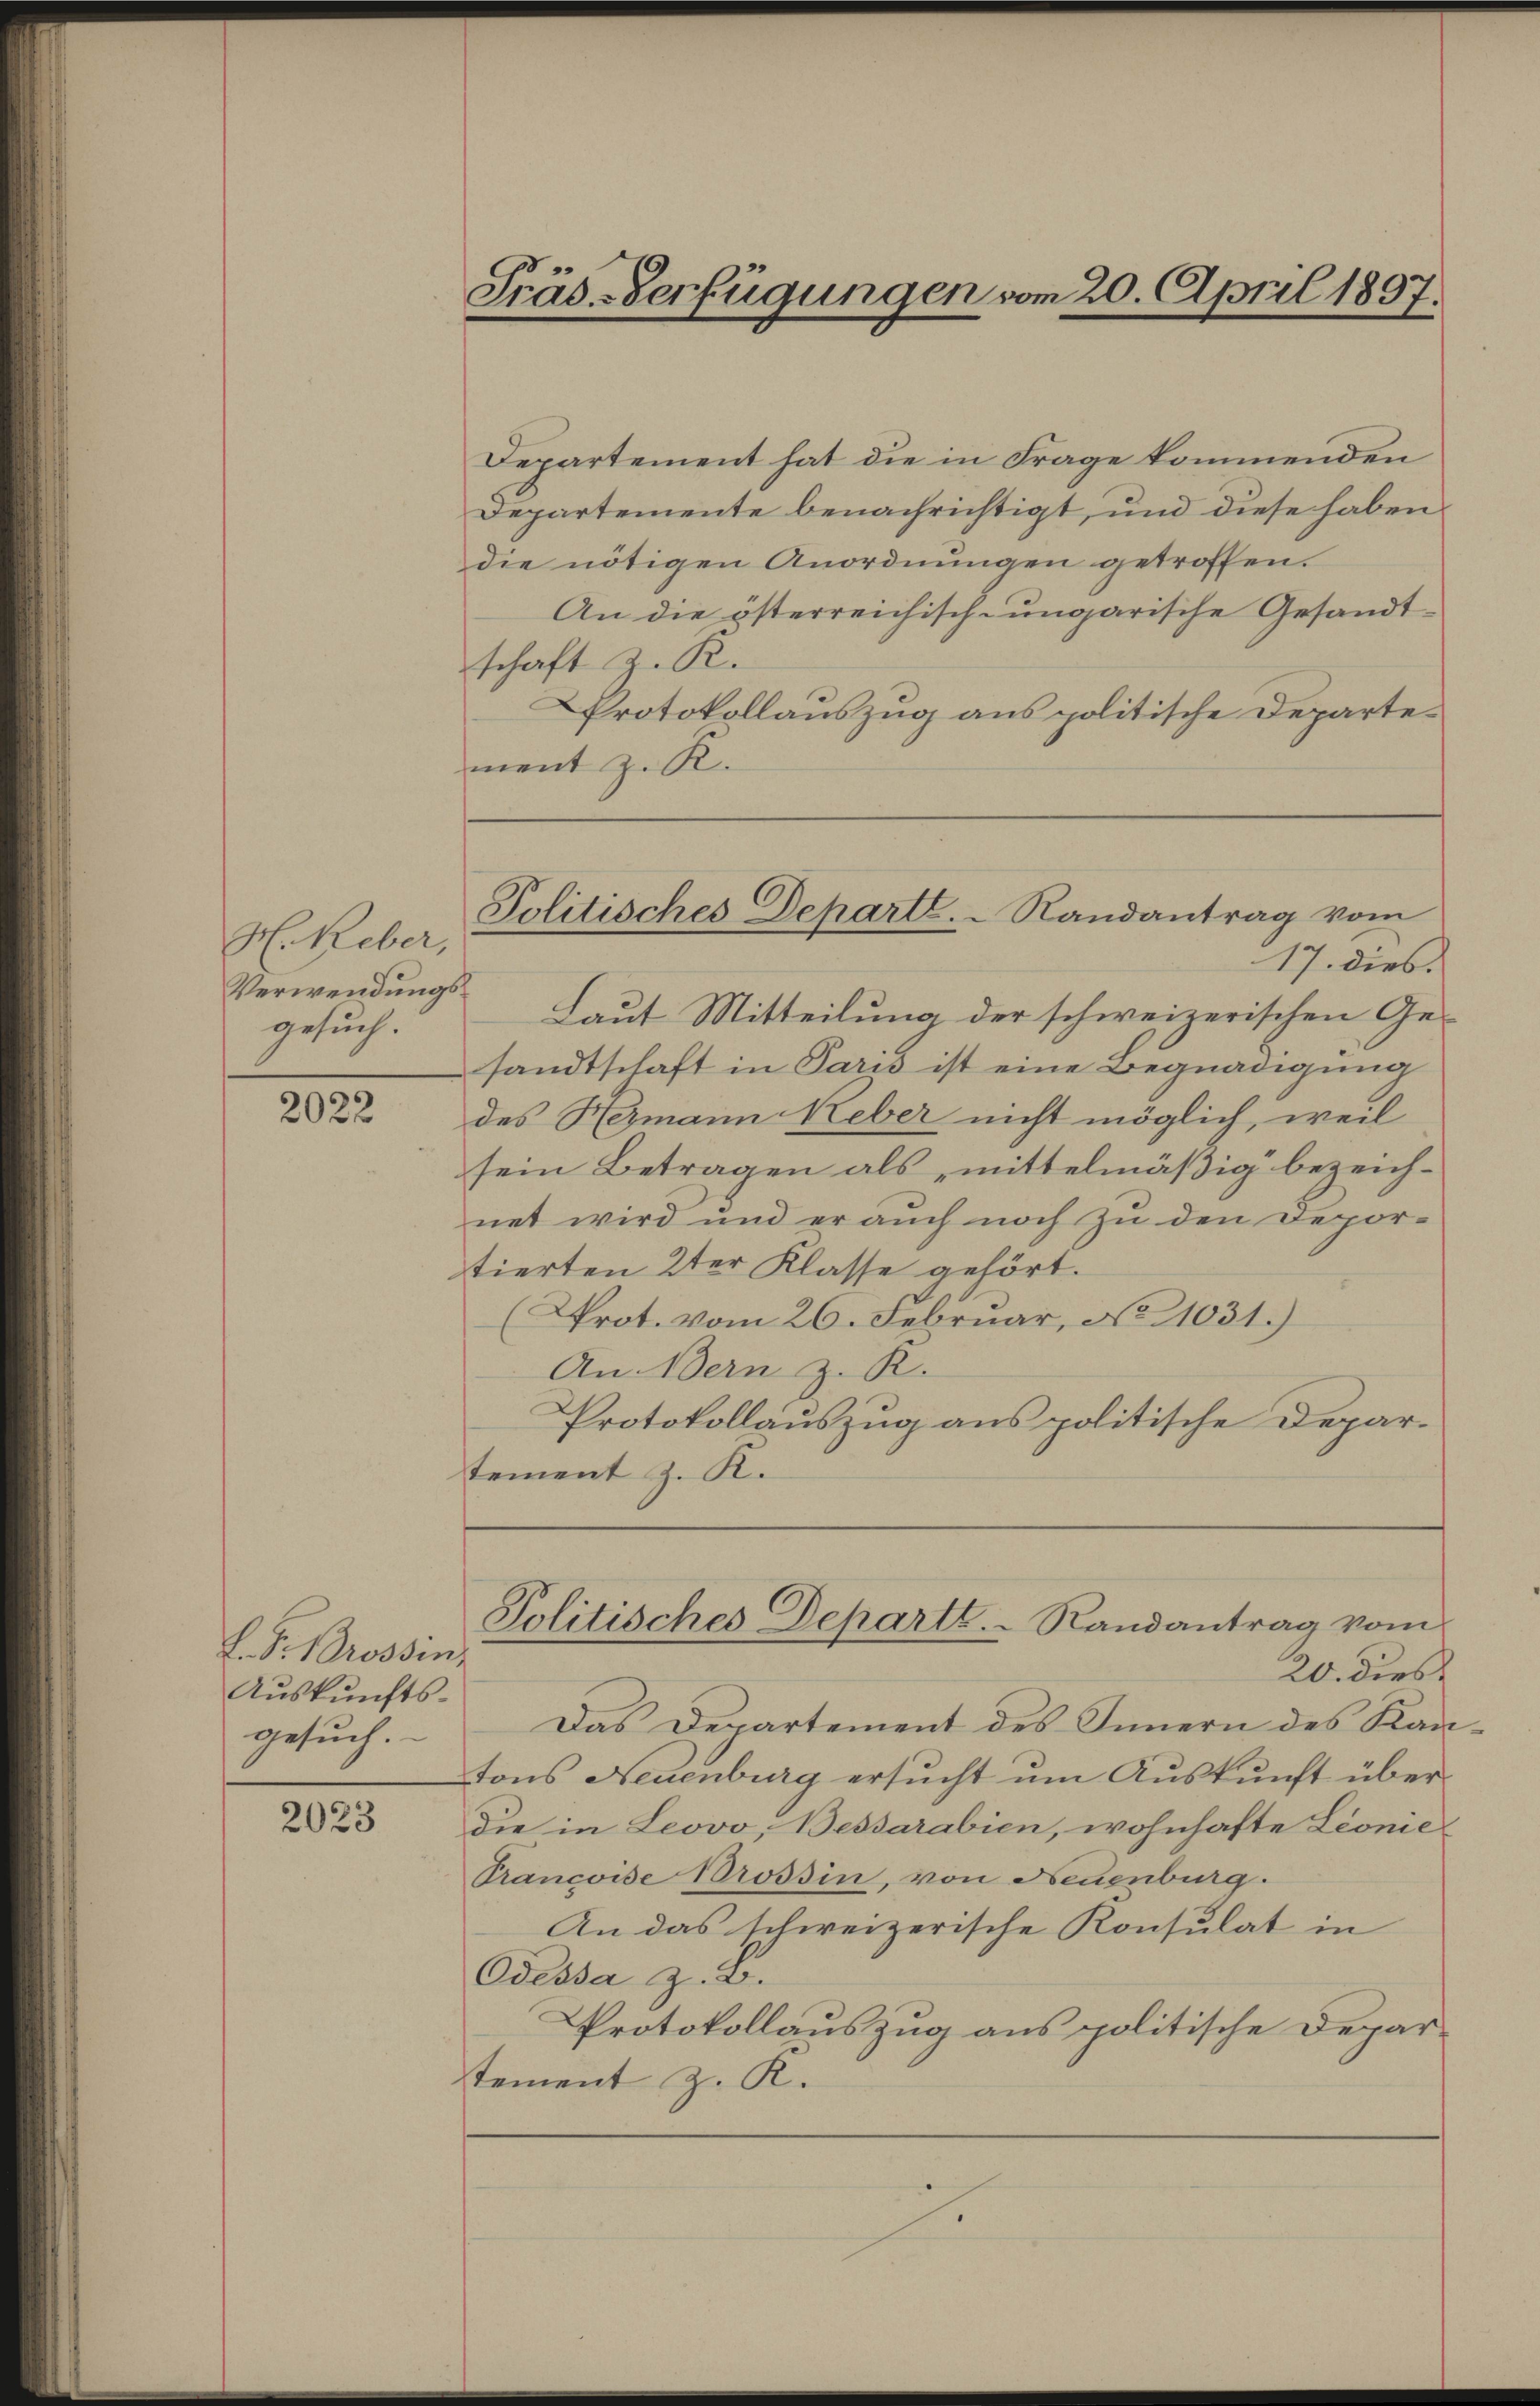
H. Reber,
Verwendungsgesuch.

2022

E. F. Brossin,
Auskunftsgesuch.

2023

Departement hat die in Frage kommenden
Departemente benachrichtigt, und diese haben
die nötigen Anordnungen getroffen.
An die österreichisch-ungarische Gesandtschaft z. R.
Protokollauszug aus politische Departement z. K.
17. dies.
Laut Mitteilung der schweizerischen Ge-
sandtschaft in Paris ist eine Begnadigung
des Hermann Keber nicht möglich, weil
sein Betragen als mittelmäßig bezeichnet wird und er auch noch zu den Deportierten 2ter Klasse gehört.
(Prot. vom 26. Februar, No 1031.)
An Bern z. R.
Protokollauszug aus politische Departement z. K.

20. dies
Das Departement des Innern des Kantons Neuenburg ersucht um Auskunft überdie in Leovo, Bessarabien, wohnhafte Leonie
Prancoise Brossin, von Neuenburg.
An das schweizerische Konsulat in
Odessa z. B.
Protokollauszug aus politische Departement z. K.

Präs.-Verfügungen vom 20. April 1897.

Politisches Departe. Randantrag vom

Politisches Departe. Randantrag vom